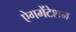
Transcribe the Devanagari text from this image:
ऐगमेंटेशन